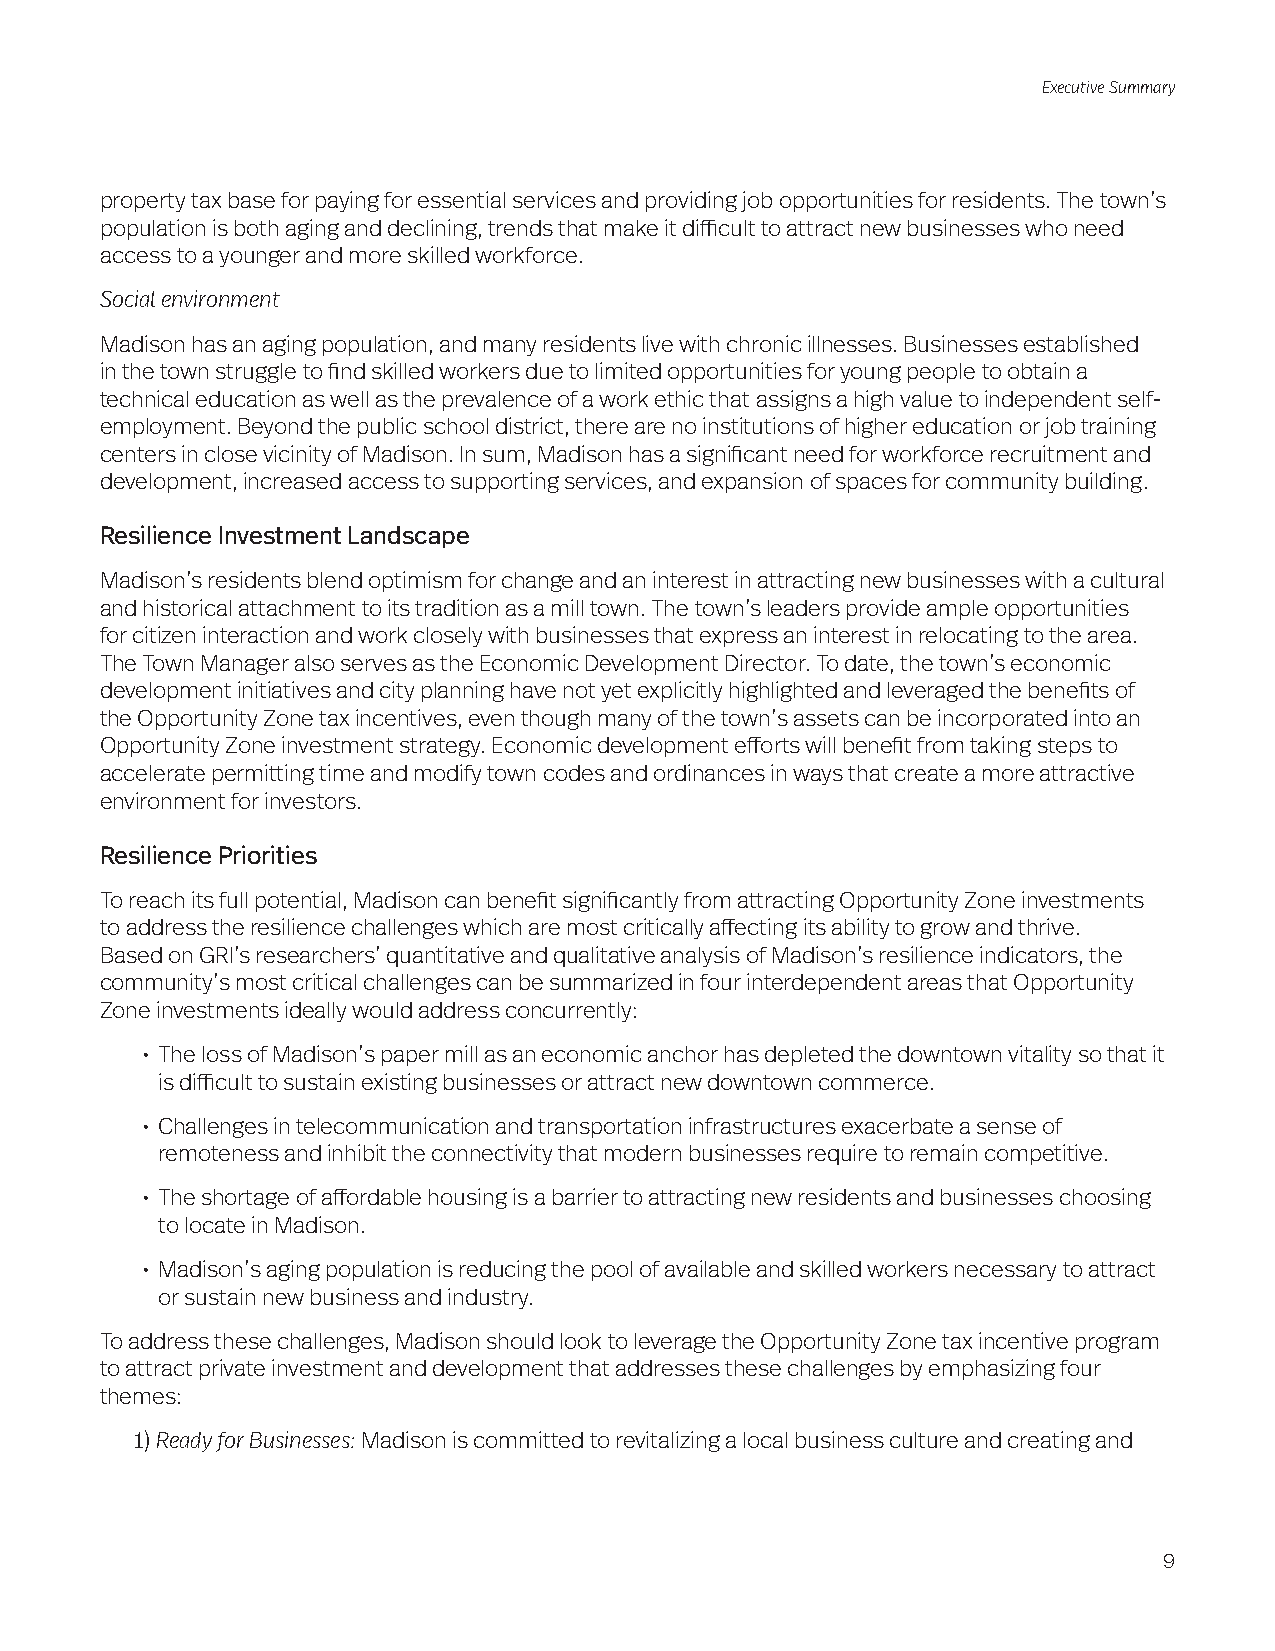
Executive Summary
 property tax base for paying for essential services and providing job opportunities for residents. The town’s
 population is both aging and declining, trends that make it difficult to attract new businesses who need
 access to a younger and more skilled workforce.
 Social environment
 Madison has an aging population, and many residents live with chronic illnesses. Businesses established
 in the town struggle to find skilled workers due to limited opportunities for young people to obtain a
 technical education as well as the prevalence of a work ethic that assigns a high value to independent self-
 employment. Beyond the public school district, there are no institutions of higher education or job training
 centers in close vicinity of Madison. In sum, Madison has a significant need for workforce recruitment and
 development, increased access to supporting services, and expansion of spaces for community building.
 Resilience Investment Landscape
 Madison’s residents blend optimism for change and an interest in attracting new businesses with a cultural
 and historical attachment to its tradition as a mill town. The town’s leaders provide ample opportunities
 for citizen interaction and work closely with businesses that express an interest in relocating to the area.
 The Town Manager also serves as the Economic Development Director. To date, the town’s economic
 development initiatives and city planning have not yet explicitly highlighted and leveraged the benefits of
 the Opportunity Zone tax incentives, even though many of the town’s assets can be incorporated into an
 Opportunity Zone investment strategy. Economic development efforts will benefit from taking steps to
 accelerate permitting time and modify town codes and ordinances in ways that create a more attractive
 environment for investors.
 Resilience Priorities
 To reach its full potential, Madison can benefit significantly from attracting Opportunity Zone investments
 to address the resilience challenges which are most critically affecting its ability to grow and thrive.
 Based on GRI’s researchers’ quantitative and qualitative analysis of Madison’s resilience indicators, the
 community’s most critical challenges can be summarized in four interdependent areas that Opportunity
 Zone investments ideally would address concurrently:
 • The loss of Madison’s paper mill as an economic anchor has depleted the downtown vitality so that it
 is difficult to sustain existing businesses or attract new downtown commerce.
 • Challenges in telecommunication and transportation infrastructures exacerbate a sense of
 remoteness and inhibit the connectivity that modern businesses require to remain competitive.
 • The shortage of affordable housing is a barrier to attracting new residents and businesses choosing
 to locate in Madison.
 • Madison’s aging population is reducing the pool of available and skilled workers necessary to attract
 or sustain new business and industry.
 To address these challenges, Madison should look to leverage the Opportunity Zone tax incentive program
 to attract private investment and development that addresses these challenges by emphasizing four
 themes:
 1) Ready for Businesses: Madison is committed to revitalizing a local business culture and creating and
 9